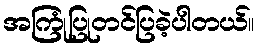
အကြုံပြုတင်ပြခဲ့ပါတယ်။